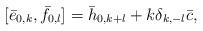
LaTeX: \begin{align*} [\bar{e}_{0,k}, \bar{f}_{0,l}]=\bar{h}_{0,k+l}+k\delta_{k,-l}\bar{c},\end{align*}